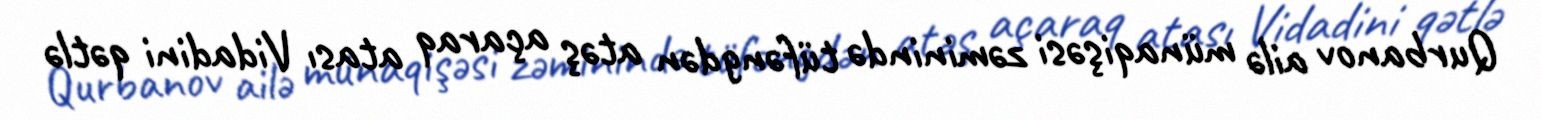
Qurbanov ailə münaqişəsi zəminində tüfəngdən atəş açaraq atası Vidadini qətlə